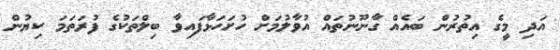
އަދި މީގެ އިތުރުން ބައެއް ގާނޫނުތައް އުވާލުމަށް ހުށަހަޅާފައިވާ ބިލްތަކުގެ ފުރަތަމަ ކިޔުން